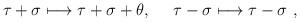
LaTeX: \begin{align*}\tau+\sigma \longmapsto \tau+\sigma+\theta, \ \quad \tau-\sigma \longmapsto\tau-\sigma \ ,\end{align*}